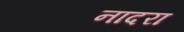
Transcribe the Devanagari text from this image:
नादरा